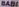
BABI